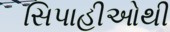
સિપાહીઓથી